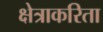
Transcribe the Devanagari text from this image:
क्षेत्राकरिता